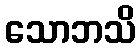
သောဘသိ